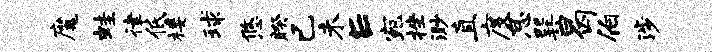
魔蛙律低楼球悠睽已未E宛挫渺直度怠巽曷伯涉